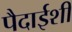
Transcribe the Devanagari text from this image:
पैदाईशी